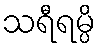
သရီရမ္ပိ